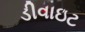
ડીવાઇટ